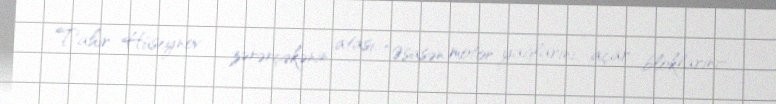
Tahir Hüseynov - zərərçəkənin atası: “Əsasən motor yağlarını, açar bloklarını-